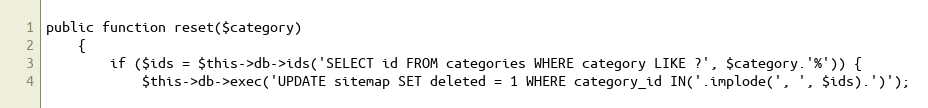
Language: PHP
public function reset($category)
    {
        if ($ids = $this->db->ids('SELECT id FROM categories WHERE category LIKE ?', $category.'%')) {
            $this->db->exec('UPDATE sitemap SET deleted = 1 WHERE category_id IN('.implode(', ', $ids).')');